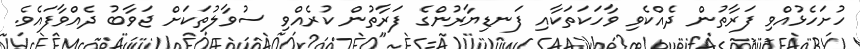
ހުށަހެޅުއްވި ފަރާތުން ދެއްކެވި ވާހަކަތަކާއި ފަނޑިޔާރުންގެ ފަރާތުން ކުރެއްވި ސުވާލުތަކަށް ޖަވާބު ދެއްވާފައެވެ.